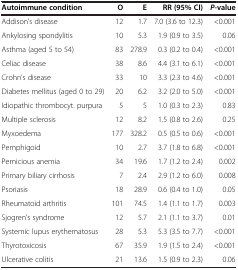
| Autoimmune condition | O | E | RR (95% CI) | P-value |
 | --- | --- | --- | --- | --- |
 | Addison’s disease | 12 | 1.7 | 7.0 (3.6 to 12.3) | <0.001 |
 | Ankylosing spondylitis | 10 | 5.3 | 1.9 (0.9 to 3.5) | 0.06 |
 | Asthma (aged 5 to 54) | 83 | 278.9 | 0.3 (0.2 to 0.4) | <0.001 |
 | Celiac disease | 38 | 8.6 | 4.4 (3.1 to 6.1) | <0.001 |
 | Crohn’s disease | 33 | 10 | 3.3 (2.3 to 4.6) | <0.001 |
 | Diabetes mellitus (aged 0 to 29) | 20 | 6.2 | 3.2 (2.0 to 5.0) | <0.001 |
 | Idiopathic thrombocyt. purpura | 5 | 5 | 1.0 (0.3 to 2.3) | 0.83 |
 | Multiple sclerosis | 12 | 8.2 | 1.5 (0.8 to 2.6) | 0.25 |
 | Myxoedema | 177 | 328.2 | 0.5 (0.5 to 0.6) | <0.001 |
 | Pemphigoid | 10 | 2.7 | 3.7 (1.8 to 6.8) | <0.001 |
 | Pernicious anemia | 34 | 19.6 | 1.7 (1.2 to 2.4) | 0.002 |
 | Primary biliary cirrhosis | 7 | 2.4 | 2.9 (1.2 to 6.0) | 0.008 |
 | Psoriasis | 18 | 28.9 | 0.6 (0.4 to 1.0) | 0.05 |
 | Rheumatoid arthritis | 101 | 74.5 | 1.4 (1.1 to 1.7) | 0.003 |
 | Sjogren’s syndrome | 12 | 5.7 | 2.1 (1.1 to 3.7) | 0.01 |
 | Systemic lupus erythematosus | 28 | 5.3 | 5.3 (3.5 to 7.7) | <0.001 |
 | Thyrotoxicosis | 67 | 35.9 | 1.9 (1.5 to 2.4) | <0.001 |
 | Ulcerative colitis | 21 | 13.6 | 1.5 (0.9 to 2.3) | 0.06 |